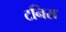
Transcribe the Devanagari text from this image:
टनिस